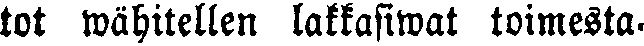
tot wähitellen lakkasiwat toimesta-